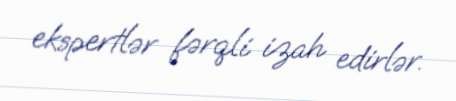
ekspertlər fərqli izah edirlər.